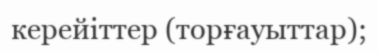
керейіттер (торғауыттар);